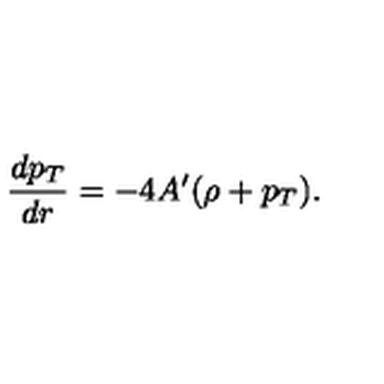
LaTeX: { \frac { d p _ { T } } { d r } } = - 4 A ^ { \prime } ( \rho + p _ { T } ) .